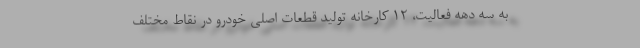
به سه دهه فعالیت، ١٢ کارخانه تولید قطعات اصلی خودرو در نقاط مختلف